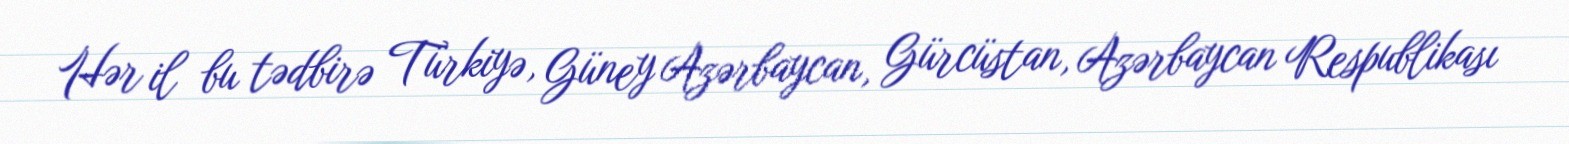
Hər il bu tədbirə Türkiyə, Güney Azərbaycan, Gürcüstan, Azərbaycan Respublikası